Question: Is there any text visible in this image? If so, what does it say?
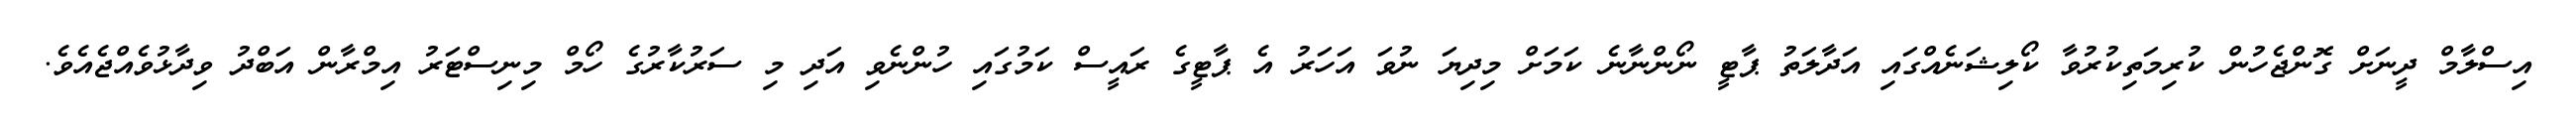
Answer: އިސްލާމް ދީނަށް ގޮންޖެހުން ކުރިމަތިކުރުވާ ކޯލިޝަނެއްގައި އަދާލަތު ޕާޓީ ނޯންނާނެ ކަމަށް މިދިޔަ ނުވަ އަހަރު އެ ޕާޓީގެ ރައީސް ކަމުގައި ހުންނެވި އަދި މި ސަރުކާރުގެ ހޯމް މިނިސްޓަރު އިމްރާން އަބްދު ވިދާޅުވެއްޖެއެވެ.